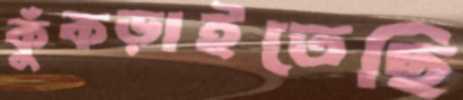
কুঁকড়াইতেছি